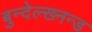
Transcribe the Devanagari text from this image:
बुन्देल्ख्नन्ड